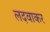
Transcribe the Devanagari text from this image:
लदवाकर